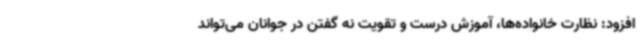
افزود: نظارت خانواده‌ها، آموزش درست و تقویت نه گفتن در جوانان می‌تواند